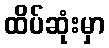
ထိပ်ဆုံးမှာ